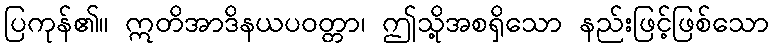
ပြကုန်၏။ ဣတိအာဒိနယပဝတ္တာ၊ ဤသို့အစရှိသော နည်းဖြင့်ဖြစ်သော